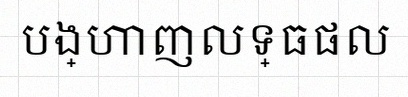
បង្ហាញលទ្ធផល